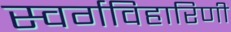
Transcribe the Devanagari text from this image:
स्वर्गविहारिणी